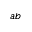
a b